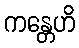
ကန္တေဟိ